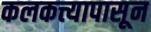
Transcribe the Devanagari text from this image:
कलकत्त्यापासून